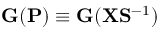
{ \bf G } ( { \bf P } ) \equiv { \bf G } ( { \bf X } { \bf S } ^ { - 1 } )